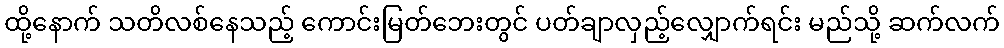
ထို့နောက် သတိလစ်နေသည့် ကောင်းမြတ်ဘေးတွင် ပတ်ချာလှည့်လျှောက်ရင်း မည်သို့ ဆက်လက်